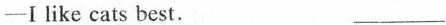
—I like cats best. ___